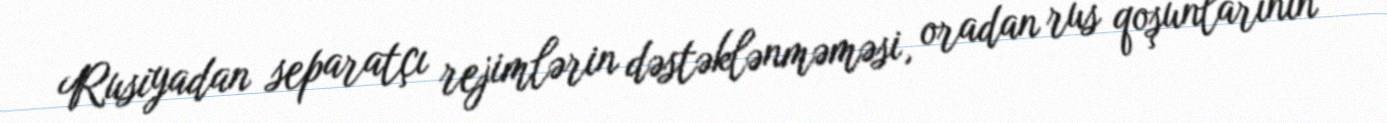
Rusiyadan separatçı rejimlərin dəstəklənməməsi, oradan rus qoşunlarının